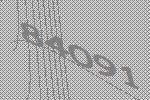
84091